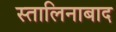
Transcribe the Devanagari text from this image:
स्तालिनाबाद